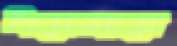
পয়সায়